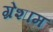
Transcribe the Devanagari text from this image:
ग्रेशाम